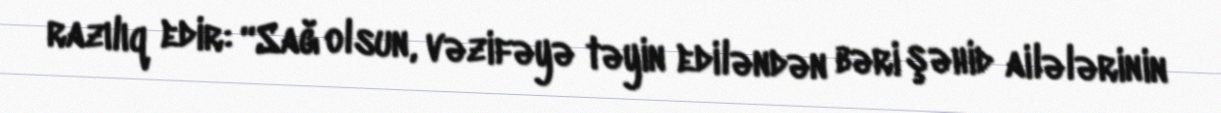
razılıq edir: “Sağ olsun, vəzifəyə təyin ediləndən bəri şəhid ailələrinin